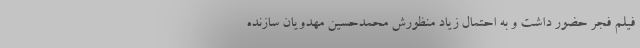
فیلم فجر حضور داشت و به احتمال زیاد منظورش محمدحسین مهدویان سازنده